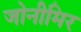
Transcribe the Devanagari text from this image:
जोनीमिर